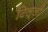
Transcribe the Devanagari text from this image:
टिल्ली